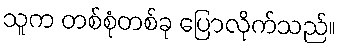
သူက တစ်စုံတစ်ခု ပြောလိုက်သည်။